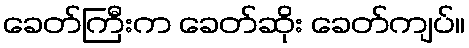
ခေတ်ကြီးက ခေတ်ဆိုး ခေတ်ကျပ်။